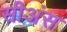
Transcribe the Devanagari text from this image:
सीअंस